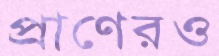
প্রাণেরও